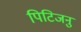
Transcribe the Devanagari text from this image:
पिटिजनु